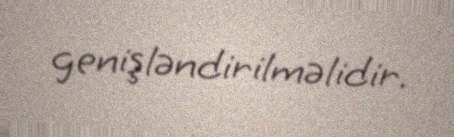
genişləndirilməlidir.